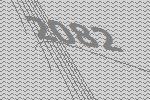
2082